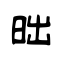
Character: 昢